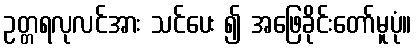
ဥတ္တရလုလင်အား သင်ပေး ၍ အဖြေခိုင်းတော်မူပုံ။